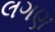
લગણ